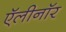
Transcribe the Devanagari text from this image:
ऍलीनॉर